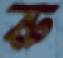
রু